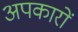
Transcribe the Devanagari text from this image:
अपकारों